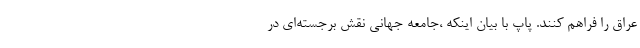
عراق را فراهم کنند. پاپ با بیان اینکه ،جامعه جهانی نقش برجسته‌ای در